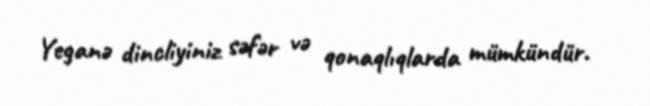
Yeganə dincliyiniz səfər və qonaqlıqlarda mümkündür.